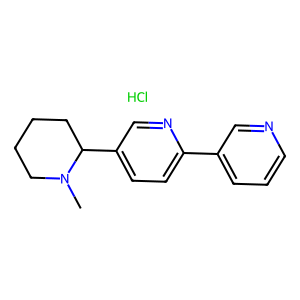
SMILES: CN1CCCCC1c1ccc(-c2cccnc2)nc1.Cl
Inhibits HIV replication: No